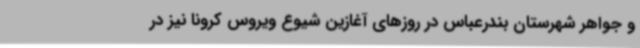
و جواهر شهرستان بندرعباس در روزهای آغازین شیوع ویروس کرونا نیز در